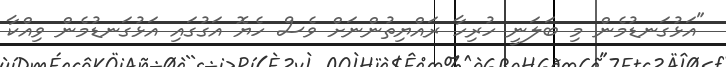
"އަޅުގަނޑުމެން މި ބަލަނީ ހުރިހާ ރައްޔިތުންނަށް ވެސް ހެޔޮ އަގުގައި އަޅުގަނޑުމެން ވިއްކާ